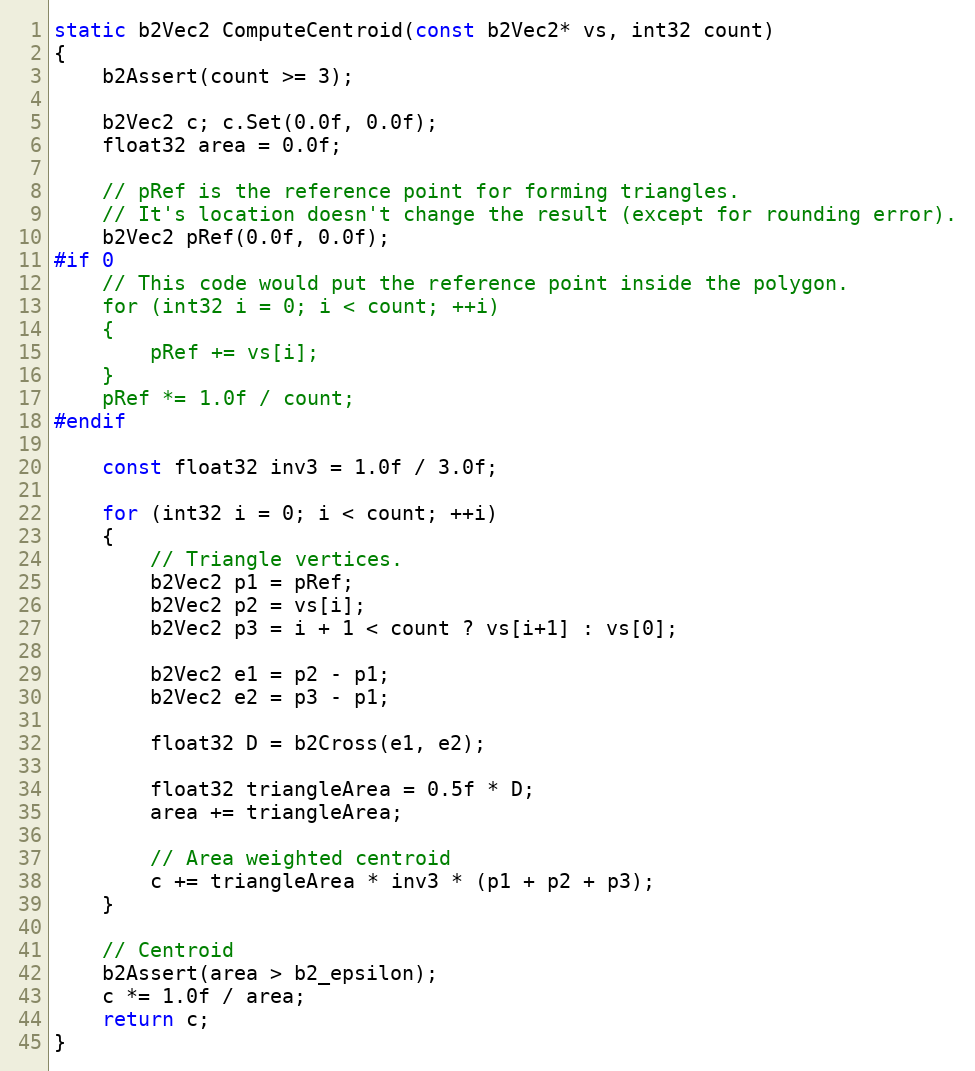
Language: C++
static b2Vec2 ComputeCentroid(const b2Vec2* vs, int32 count)
{
	b2Assert(count >= 3);

	b2Vec2 c; c.Set(0.0f, 0.0f);
	float32 area = 0.0f;

	// pRef is the reference point for forming triangles.
	// It's location doesn't change the result (except for rounding error).
	b2Vec2 pRef(0.0f, 0.0f);
#if 0
	// This code would put the reference point inside the polygon.
	for (int32 i = 0; i < count; ++i)
	{
		pRef += vs[i];
	}
	pRef *= 1.0f / count;
#endif

	const float32 inv3 = 1.0f / 3.0f;

	for (int32 i = 0; i < count; ++i)
	{
		// Triangle vertices.
		b2Vec2 p1 = pRef;
		b2Vec2 p2 = vs[i];
		b2Vec2 p3 = i + 1 < count ? vs[i+1] : vs[0];

		b2Vec2 e1 = p2 - p1;
		b2Vec2 e2 = p3 - p1;

		float32 D = b2Cross(e1, e2);

		float32 triangleArea = 0.5f * D;
		area += triangleArea;

		// Area weighted centroid
		c += triangleArea * inv3 * (p1 + p2 + p3);
	}

	// Centroid
	b2Assert(area > b2_epsilon);
	c *= 1.0f / area;
	return c;
}